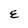
Character: E